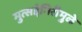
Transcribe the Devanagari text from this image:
मुत्सद्देगिरीमुळे